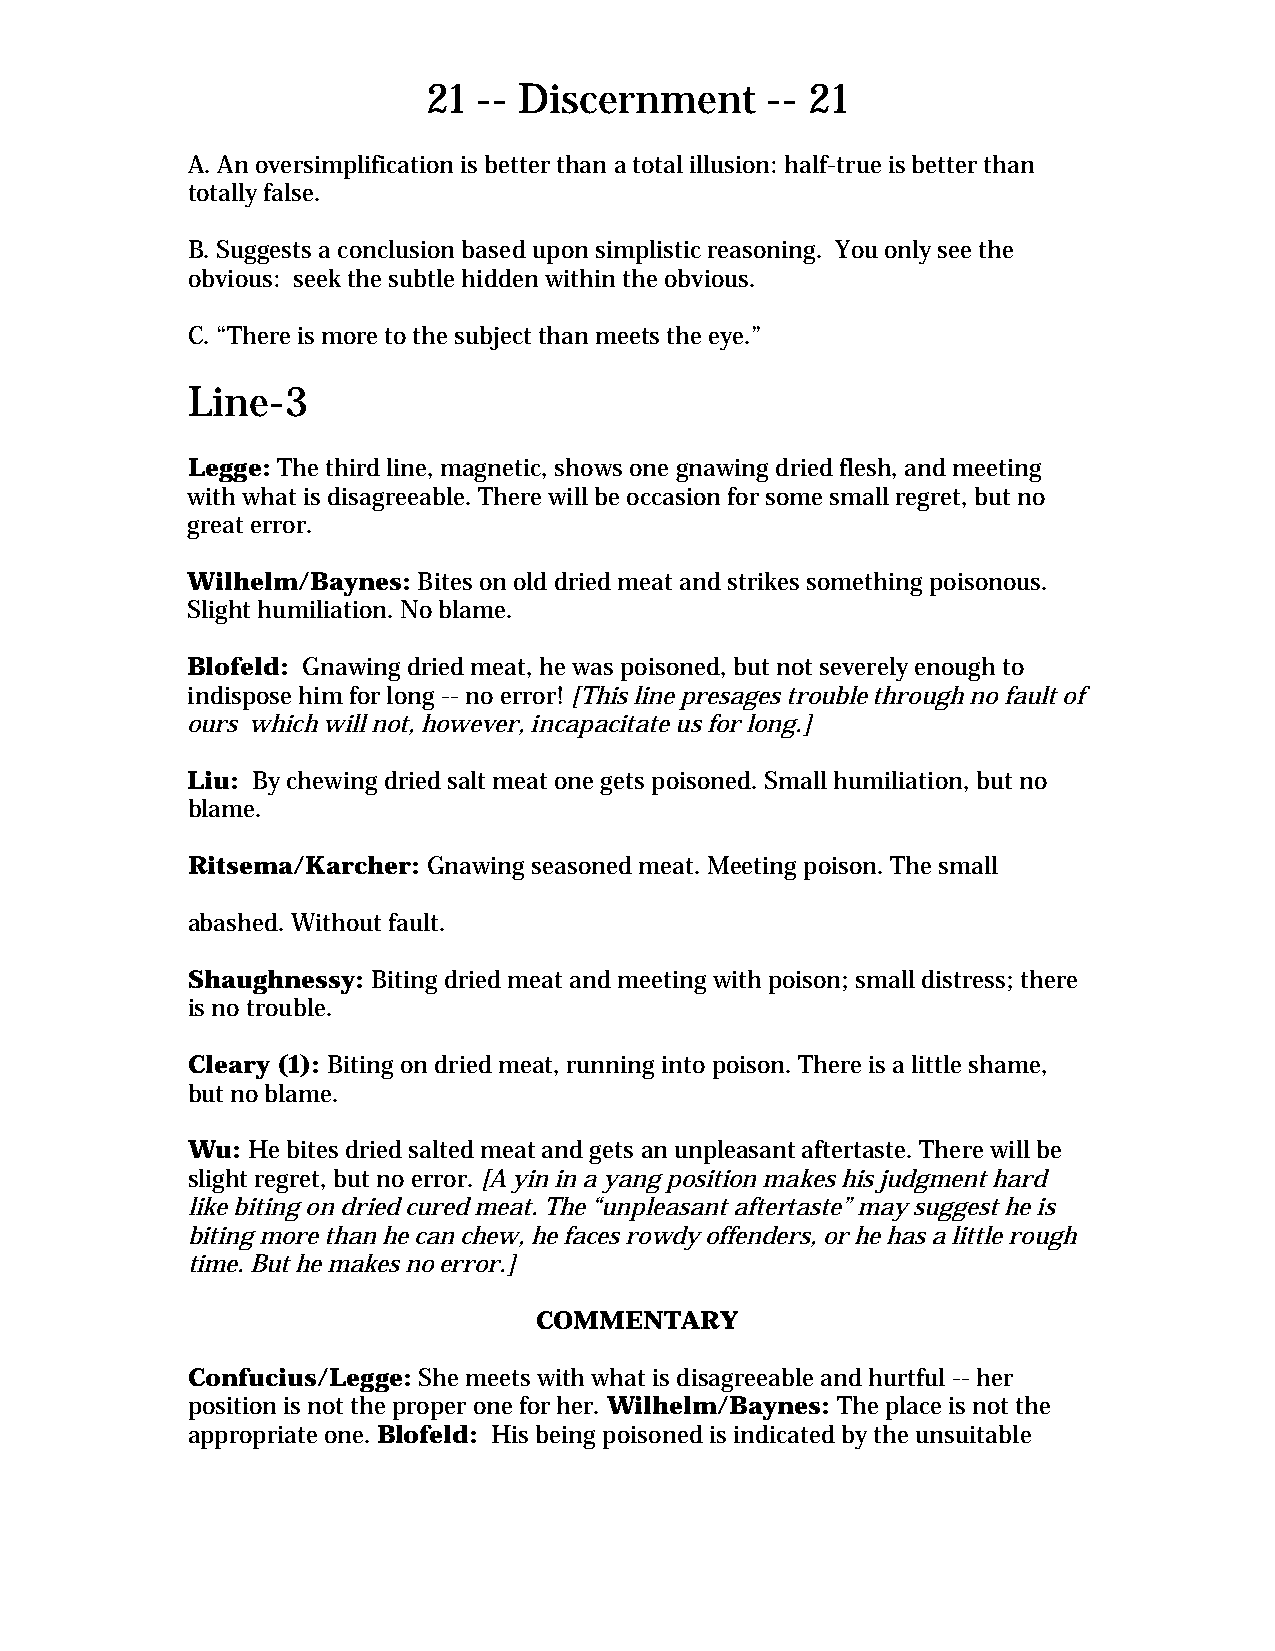
21  -- Discernment     -- 21
 A. An oversimplification is better than a total illusion: half-true is better than
 totally false.
 B. Suggests a conclusion based upon simplistic reasoning. You only see the
 obvious: seek the subtle hidden within the obvious.
 C. “There is more to the subject than meets the eye.”
 Line-3
 Legge: The third line, magnetic, shows one gnawing dried flesh, and meeting
 with what is disagreeable. There will be occasion for some small regret, but no
 great error.
 Wilhelm/Baynes: Bites on old dried meat and strikes something poisonous.
 Slight humiliation. No blame.
 Blofeld: Gnawing dried meat, he was poisoned, but not severely enough to
 indispose him for long -- no error! [This line presages trouble through no fault of
 ours which will not, however, incapacitate us for long.]
 Liu: By chewing dried salt meat one gets poisoned. Small humiliation, but no
 blame.
 Ritsema/Karcher: Gnawing seasoned meat. Meeting poison. The small
 abashed. Without fault.
 Shaughnessy: Biting dried meat and meeting with poison; small distress; there
 is no trouble.
 Cleary (1): Biting on dried meat, running into poison. There is a little shame,
 but no blame.
 Wu: He bites dried salted meat and gets an unpleasant aftertaste. There will be
 slight regret, but no error. [A yin in a yang position makes his judgment hard
 like biting on dried cured meat. The “unpleasant aftertaste” may suggest he is
 biting more than he can chew, he faces rowdy offenders, or he has a little rough
 time. But he makes no error.]
 COMMENTARY
 Confucius/Legge: She meets with what is disagreeable and hurtful -- her
 position is not the proper one for her. Wilhelm/Baynes: The place is not the
 appropriate one. Blofeld: His being poisoned is indicated by the unsuitable